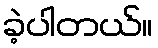
ခဲ့ပါတယ်။